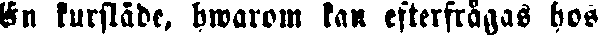
En kursläde, hwarom kan efterfrågas hos